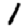
Digit: 1